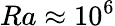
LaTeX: Ra\approx 10^{6}